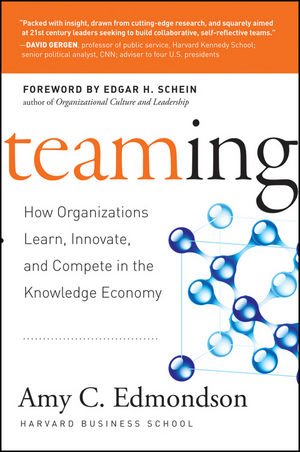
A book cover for Teaming: How Organizations Learn, Innovate, and Compete in the Knowledge Economy; Amy C. Edmondson; Business & Money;